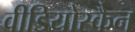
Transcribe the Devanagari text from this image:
वीडियोस्कैन